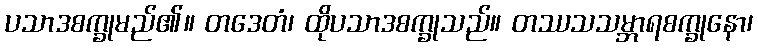
ပသာဒစက္ခုမည်၏။ တဒေတံ၊ ထိုပသာဒစက္ခုသည်။ တဿသသမ္ဘာရစက္ခုနော၊